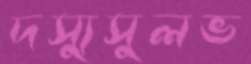
দস্যুসুলভ